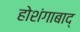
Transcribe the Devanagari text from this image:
होशंगाबाद्